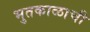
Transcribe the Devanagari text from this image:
भुतकाळाची